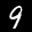
Label: 9